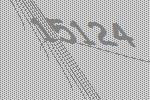
15124